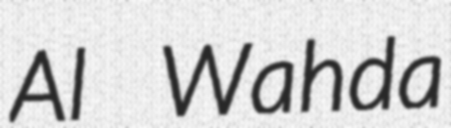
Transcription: Al Wahda